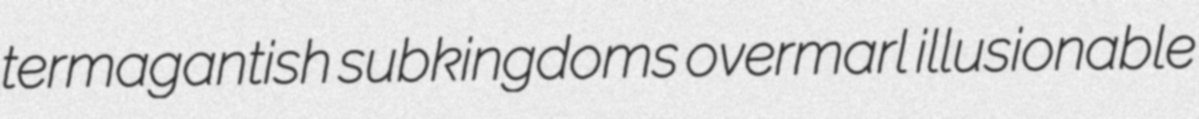
termagantish subkingdoms overmarl illusionable